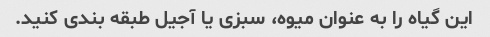
این گیاه را به عنوان میوه، سبزی یا آجیل طبقه بندی کنید.